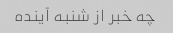
چه خبر از شنبه آینده